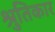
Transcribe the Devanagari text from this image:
श्रुतिकार